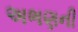
અભણની